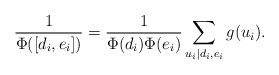
\begin{align*}\frac{1}{\Phi([d_i, e_i])} = \frac{1}{\Phi(d_i)\Phi(e_i)}\sum_{u_i \mid d_i, e_i} g(u_i).\end{align*}